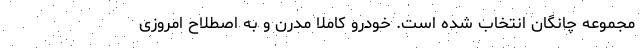
مجموعه چانگان انتخاب شده است. خودرو کاملا مدرن و به اصطلاح امروزی